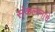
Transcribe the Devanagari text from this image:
संंकल्पनांंचे